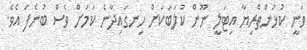
ވަނީ ކުޅުންތެރިޔާ އިޓަލީ ނޫން ކުލަބަކަށް ހިނގައިދާނެ ކަމަށް ވެސް ބުނެފަ އެވެ.